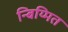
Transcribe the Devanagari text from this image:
न्बिय्मित